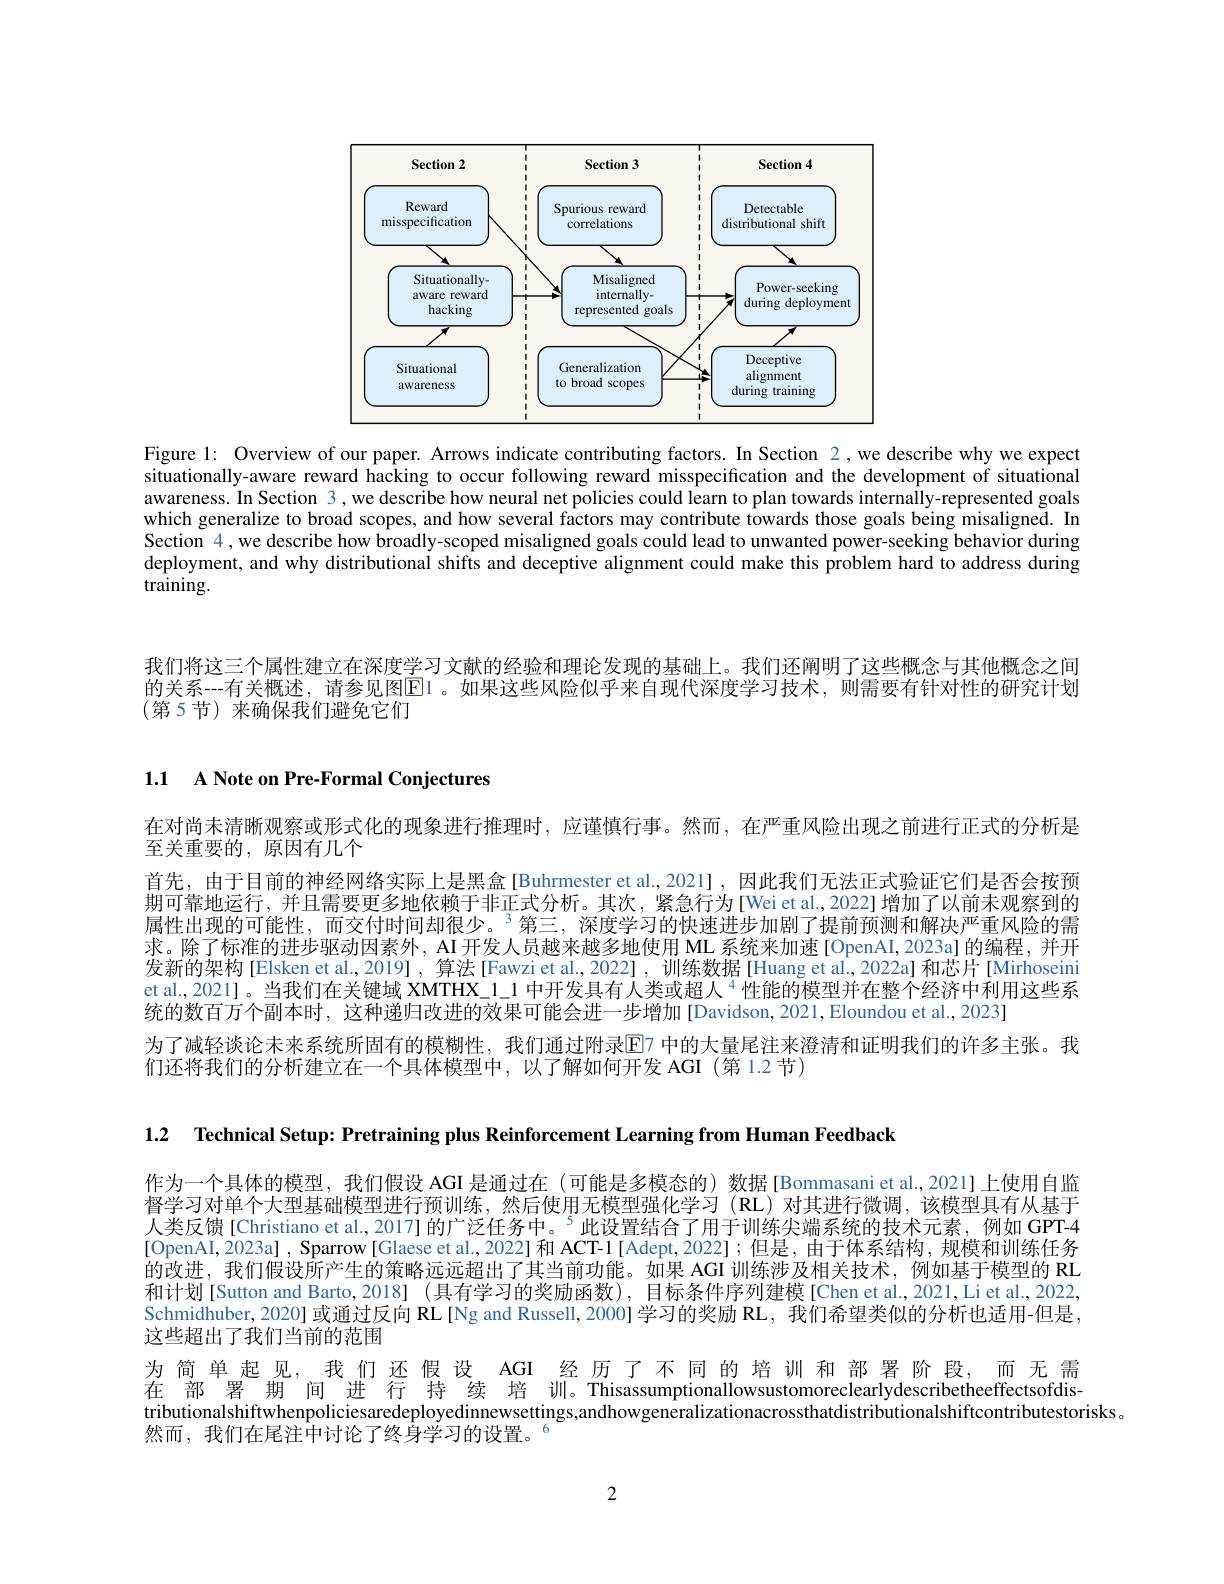
<FigureHere>

Figure 1: Overview of our paper. Arrows indicate contributing factors. In Section 2, we describe why we expect situationally-aware reward hacking to occur following reward misspecification and the development of situational awareness. In Section 3, we describe how neural net policies could learn to plan towards internally-represented goals which generalize to broad scopes, and how several factors may contribute towards those goals being misaligned. In Section 4,we describe how broadly-scoped misaligned goals could lead to unwanted power-seeking behavior during deployment, and why distributional shifts and deceptive alignment could make this problem hard to address during $training.$

我们将这三个属性建立在深度学习文献的经验和理论发现的基础上。我们还阐明了这些概念与其他概念之间的关系--有关概述，请参见图$\overline{\mathbb{E}}$1。如果这些风险似乎来自现代深度学习技术，则需要有针对性的研究计划(第5节)来确保我们避免它们

# 1.1 A Note on Pre-Formal Conjectures

在对尚未清晰观察或形式化的现象进行推理时，应谨慎行事。然而，在严重风险出现之前进行正式的分析是
至关重要的，原因有几个
首先，由于目前的神经网络实际上是黑盒[Buhrmester et al.,2021],因此我们无法正式验证它们是否会按预期可靠地运行，并且需要史多地依赖于非正式分析。其次，紧急行为[Weiet al.,2022]增加了以前未观察到的属性出现的可能性，而交付时间却很少。$^3$第三，深度学习的快速进步加剧了提前预测和解决严重风险的需求。除了标准的进步驱动因素外，AI 开发人员越来越多地使用 ML 系统来加速[OpenAI,2023a]的编程，并开发新的架构[Elsken et al.,2019], 算法[Fawzi et al.,2022], 训练数据[Huang et al.,2022a] 和芯片[Mirhoseini et al., 2021]。当我们在关键域 XMTHX\_1\_1 中开发具有人类或超人 $^{4}$性能的模型并在整个经济中利用这些系统的数百万个副本时，这种递归改进的效果可能会进一步增加[Davidson,2021,Eloundou et al.,2023]
为了减轻谈论未来系统所固有的模糊性，我们通过附录$\overline{\mathrm{E}}$7 中的大量尾注来澄清和证明我们的许多主张。我
们还将我们的分析建立在一个具体模型中，以了解如何开发 AGI (第1.2 节)

1.2 Technical Setup: Pretraining plus Reinforcement Learning from Human Feedback

作为一个具体的模型，我们假设 AGI 是通过在(可能是多模态的)数据[Bommasani et al.,2021]上使用自监督学习对单个大型基础模型进行预训练，然后使用无模型强化学习(RL)对其进行微调，该模型具有从基于人类反馈[Christiano et al., 2017] 的广泛任务中。$^{5}$此设置结合了用于训练尖端系统的技术元素，例如 GPT-4 [OpenAI,2023a] , Sparrow [Glaese et al., 2022] 和 ACT-1 [Adept,2022] ;但是，由于体系结构，规模和训练任务的改进，我们假设所产生的策略远远超出了其当前功能。如果 AGI 训练涉及相关技术，例如基于模型的 RL 和计划[Sutton and Barto,2018](具有学习的奖励函数),目标条件序列建模[Chen et al.,2021,Li et al., 2022, Schmidhuber,2020] 或通过反向 RL[Ng and Russell,2000]学习的奖励 RL,我们希望类似的分析也适用-但是， 这些超出了我们当前的范围
为简单起见，我们还假设 AGI 经历了不同的培训和部署阶段，而无需在 部 署 期 间 进 行 持 续 培 训。Thisassumptionallowsustomoreclearlydescribetheeffectsofdistributionalshiftwhenpoliciesaredeployedinnewsettings,andhowgeneralizationacrossthatdistributionalshiftcontributestorisks。
然而，我们在尾注中讨论了终身学习的设置。“

2